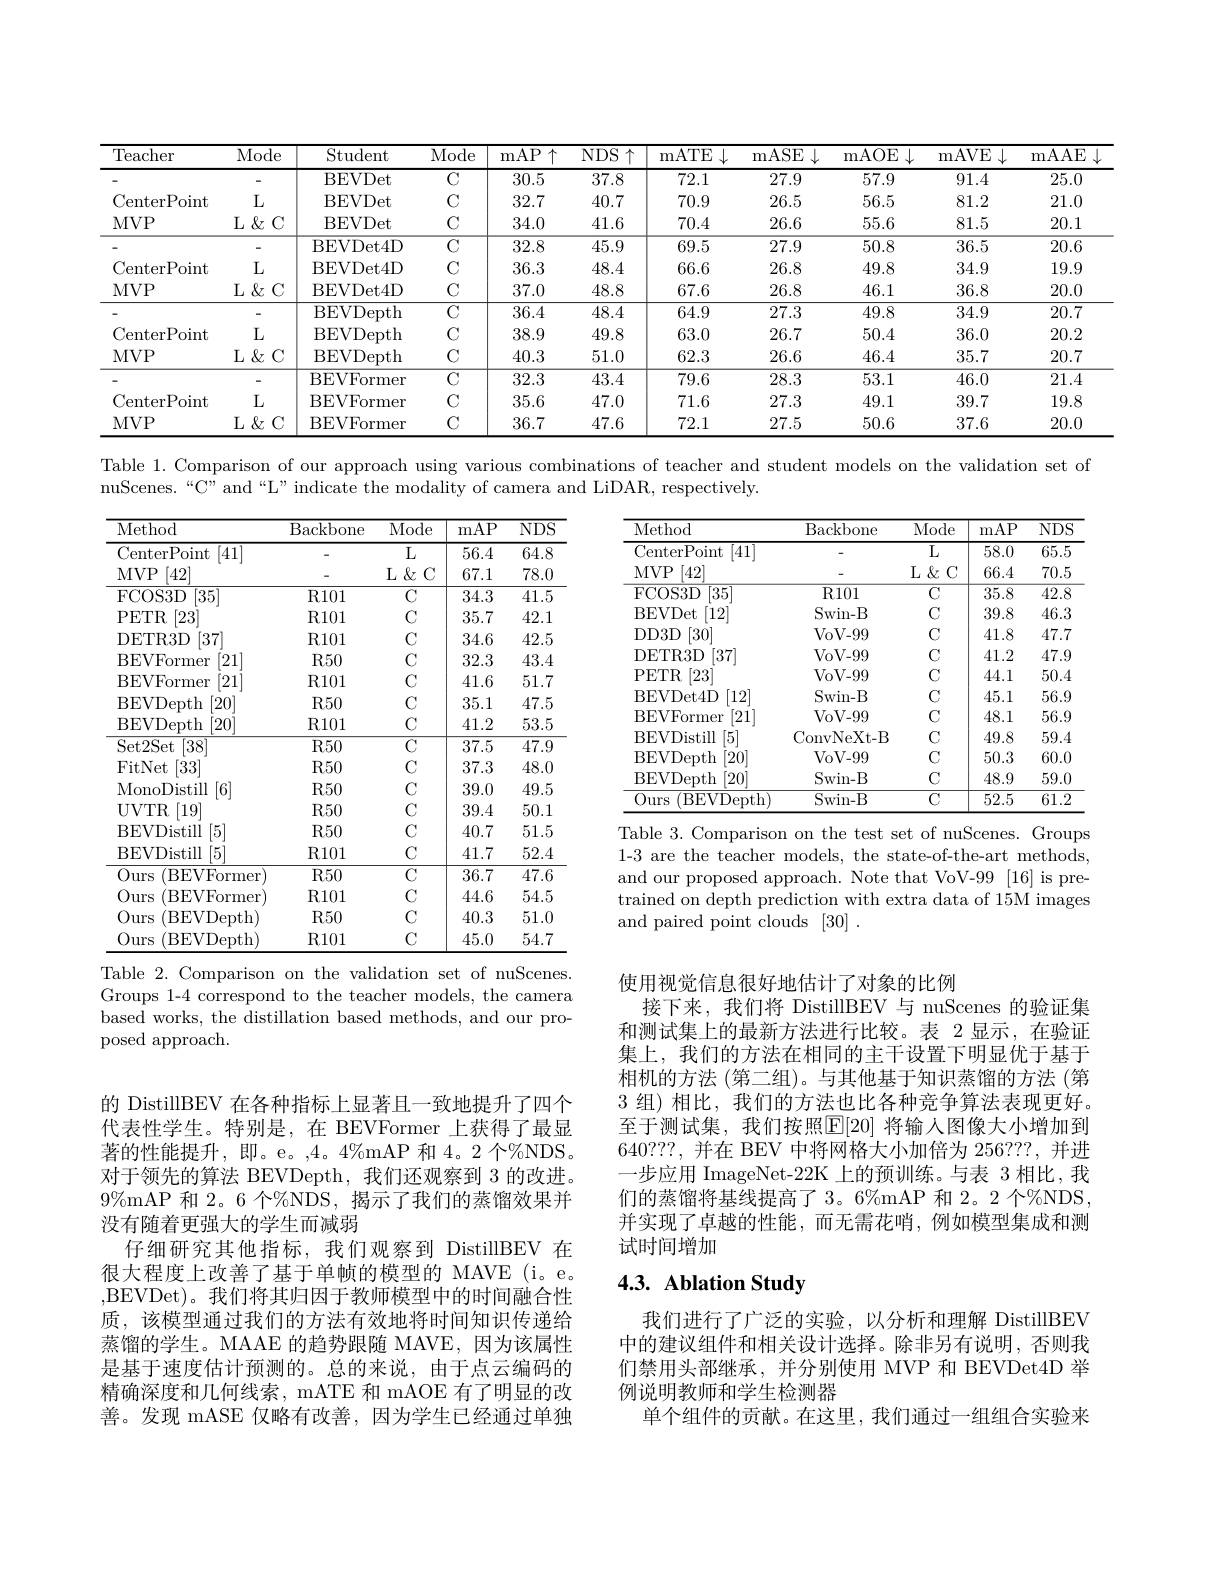
<table>
	<tbody>
		<tr>
			<th>Teacher</th>
			<th>Mode</th>
			<th>Student</th>
			<th>Mode</th>
			<th>mAP$\uparrow$</th>
			<th>$NDS\uparrow$</th>
			<th>mATE $\downarrow$ </th>
			<th>mASE </th>
			<th>mAOE $\downarrow$</th>
			<th>mAVE $5\downarrow$</th>
			<th>mAAE </th>
		</tr>
		<tr>
			<td> </td>
			<td> </td>
			<td>BEVDet</td>
			<td>$C$</td>
			<td>30.5</td>
			<td>37.8</td>
			<td>72.1</td>
			<td>27.9</td>
			<td>57.9</td>
			<td>91.4</td>
			<td>25.0</td>
		</tr>
		<tr>
			<td>CenterPoint</td>
			<td>$L$</td>
			<td>BEVDet</td>
			<td>$C$</td>
			<td>32.7</td>
			<td>40.7</td>
			<td>70.9</td>
			<td>26.5</td>
			<td>56.5</td>
			<td>81.2</td>
			<td>21.0</td>
		</tr>
		<tr>
			<td>$MVP$</td>
			<td>$L\&C$</td>
			<td>BEVDet</td>
			<td>$C$</td>
			<td>34.0</td>
			<td>41.6</td>
			<td>70.4</td>
			<td>26.6</td>
			<td>55.6</td>
			<td>81.5</td>
			<td>20.1</td>
		</tr>
		<tr>
			<td> </td>
			<td> </td>
			<td>BEVDet4D</td>
			<td>$C$</td>
			<td>32.8</td>
			<td>45.9</td>
			<td>69.5</td>
			<td>27.9</td>
			<td>50.8</td>
			<td>36.5</td>
			<td>20.6</td>
		</tr>
		<tr>
			<td>CenterPoint</td>
			<td>$L$</td>
			<td>BEVDet4D</td>
			<td>$C$</td>
			<td>36.3</td>
			<td>48.4</td>
			<td>66.6</td>
			<td>26.8</td>
			<td>49.8</td>
			<td>34.9</td>
			<td>19.9</td>
		</tr>
		<tr>
			<td>$MVP$</td>
			<td>$L\&C$</td>
			<td>BEVDet4D</td>
			<td>$C$</td>
			<td>37.0</td>
			<td>48.8</td>
			<td>67.6</td>
			<td>26.8</td>
			<td>46.1</td>
			<td>36.8</td>
			<td>20.0</td>
		</tr>
		<tr>
			<td> </td>
			<td> </td>
			<td>BEVDepth</td>
			<td>$C$</td>
			<td>36.4</td>
			<td>48.4</td>
			<td>64.9</td>
			<td>27.3</td>
			<td>49.8</td>
			<td>34.9</td>
			<td>20.7</td>
		</tr>
		<tr>
			<td>CenterPoint</td>
			<td>$L$</td>
			<td>BEVDepth</td>
			<td>$C$</td>
			<td>38.9</td>
			<td>49.8</td>
			<td>63.0</td>
			<td>26.7</td>
			<td>50.4</td>
			<td>36.0</td>
			<td>20.2</td>
		</tr>
		<tr>
			<td>$MVP$</td>
			<td>$L\&C$</td>
			<td>BEVDepth</td>
			<td>$C$</td>
			<td>40.3</td>
			<td>51.0</td>
			<td>62.3</td>
			<td>26.6</td>
			<td>46.4</td>
			<td>35.7</td>
			<td>20.7</td>
		</tr>
		<tr>
			<td> </td>
			<td> </td>
			<td>BEVFormer</td>
			<td>$C$</td>
			<td>32.3</td>
			<td>43.4</td>
			<td>79.6</td>
			<td>28.3</td>
			<td>53.1</td>
			<td>46.0</td>
			<td>21.4</td>
		</tr>
		<tr>
			<td>CenterPoint</td>
			<td>$L$</td>
			<td>$\operatorname{BEVFormer}$</td>
			<td>$C$</td>
			<td>35.6</td>
			<td>47.0</td>
			<td>71.6</td>
			<td>27.3</td>
			<td>49.1</td>
			<td>39.7</td>
			<td>19.8</td>
		</tr>
		<tr>
			<td>$MVP$</td>
			<td>$L\&C$</td>
			<td>BEVFormer</td>
			<td>$C$</td>
			<td>36.7</td>
			<td>47.6</td>
			<td>72.1</td>
			<td>27.5</td>
			<td>50.6</td>
			<td>37.6</td>
			<td>20.0</td>
		</tr>
	</tbody>
</table>

Table 1. Comparison of our approach using various combinations of teacher and student models on the validation set of

nuScenes.“C” and“L” indicate the modality of camera and LiDAR, respectively.

<table>
	<tbody>
		<tr>
			<th>Method</th>
			<th>Backbone</th>
			<th>Mode</th>
			<th>mAP</th>
			<th>$\overline{\mathrm{NDS}}$</th>
		</tr>
		<tr>
			<td>CenterPoint [41]</td>
			<td> </td>
			<td>$\overline{{\mathrm{L}}}$</td>
			<td>58.0</td>
			<td>$\overline{65.5}$</td>
		</tr>
		<tr>
			<td>$MVP$ [42]</td>
			<td> </td>
			<td>L $\&$ $\because C$</td>
			<td>66.4</td>
			<td>70.5</td>
		</tr>
		<tr>
			<td>FCOS3D [35]</td>
			<td>$R101$</td>
			<td>$\overline{\mathrm{C}}$</td>
			<td>35.8</td>
			<td>$\overline{42.8}$</td>
		</tr>
		<tr>
			<td>BEVDet [12]</td>
			<td>Swin- B</td>
			<td>$C$</td>
			<td>39.8</td>
			<td>46.3</td>
		</tr>
		<tr>
			<td>DD3D [30]</td>
			<td>VoV- 99</td>
			<td>$C$</td>
			<td>41.8</td>
			<td>47.7</td>
		</tr>
		<tr>
			<td>DETR3D [37]</td>
			<td>$V_{0}V_{-}99$</td>
			<td>$C$</td>
			<td>41.2</td>
			<td>47.9</td>
		</tr>
		<tr>
			<td>[23] PETR</td>
			<td>$V_{0}V_{-}99$</td>
			<td>$C$</td>
			<td>44.1</td>
			<td>50.4</td>
		</tr>
		<tr>
			<td>BEVDet4D [12]</td>
			<td>Swin- B</td>
			<td>$C$</td>
			<td>45.1</td>
			<td>56.9</td>
		</tr>
		<tr>
			<td>BEVFormer [21]</td>
			<td>VoV- 99</td>
			<td>$C$</td>
			<td>48.1</td>
			<td>56.9</td>
		</tr>
		<tr>
			<td>BEVDistill [5]</td>
			<td>ConvNeXt-B</td>
			<td>$C$</td>
			<td>49.8</td>
			<td>59.4</td>
		</tr>
		<tr>
			<td>BEVDepth $\left[20\right]$</td>
			<td>$V_{0}V_{-99}$</td>
			<td>$C$</td>
			<td>50.3</td>
			<td>60.0</td>
		</tr>
		<tr>
			<td>BEVDepth $\left[20\right]$</td>
			<td>Swin- B</td>
			<td>$C$</td>
			<td>48.9</td>
			<td>59.0</td>
		</tr>
		<tr>
			<td>Ours (BEVDepth)</td>
			<td>Swin-B</td>
			<td>$C$</td>
			<td>52.5</td>
			<td>61.2</td>
		</tr>
	</tbody>
</table>
Table 3. Comparison on the test set of nuScenes. Groups

<table>
	<tbody>
		<tr>
			<th>Method</th>
			<th>Backbone</th>
			<th>Mode</th>
			<th>mAP</th>
			<th>$\overline{\mathrm{NDS}}$</th>
		</tr>
		<tr>
			<td>CenterPoint [41]</td>
			<td> </td>
			<td></td>
			<td>56.4</td>
			<td>64.8</td>
		</tr>
		<tr>
			<td>MVP [42]</td>
			<td> </td>
			<td>$L$ $\&$ $:\mathbb{C}$</td>
			<td>67.1</td>
			<td>78.0</td>
		</tr>
		<tr>
			<td>FCOS3D [35]</td>
			<td>$R101$</td>
			<td>$C$</td>
			<td>34.3</td>
			<td>41.5</td>
		</tr>
		<tr>
			<td>PETR [23]</td>
			<td>$R101$</td>
			<td>$C$</td>
			<td>35.7</td>
			<td>42.1</td>
		</tr>
		<tr>
			<td>DETR3D [37]</td>
			<td>$R101$</td>
			<td>$C$</td>
			<td>34.6</td>
			<td>42.5</td>
		</tr>
		<tr>
			<td>BEVFormer [21]</td>
			<td>$R50$</td>
			<td>$C$</td>
			<td>32.3</td>
			<td>43.4</td>
		</tr>
		<tr>
			<td>BEVFormer $[21^{'}$</td>
			<td>$R101$</td>
			<td>$C$</td>
			<td>41.6</td>
			<td>51.7</td>
		</tr>
		<tr>
			<td>BEVDepth [20]</td>
			<td>$R50$</td>
			<td>$C$</td>
			<td>35.1</td>
			<td>47.5</td>
		</tr>
		<tr>
			<td>BEVDepth [20]</td>
			<td>$R101$</td>
			<td>$C$</td>
			<td>41.2</td>
			<td>53.5</td>
		</tr>
		<tr>
			<td>[38] Set2Set</td>
			<td>$R50$</td>
			<td>$\overline{C}$</td>
			<td>37.5</td>
			<td>47.9</td>
		</tr>
		<tr>
			<td>[33] FitNet</td>
			<td>$R50$</td>
			<td>$C$</td>
			<td>37.3</td>
			<td>48.0</td>
		</tr>
		<tr>
			<td>MonoDistill 6</td>
			<td>$R50$</td>
			<td>$C$</td>
			<td>39.0</td>
			<td>49.5</td>
		</tr>
		<tr>
			<td>[19] UVTR</td>
			<td>$R50$</td>
			<td>$C$</td>
			<td>39.4</td>
			<td>50.1</td>
		</tr>
		<tr>
			<td>BEVDistill [5]</td>
			<td>$R50$</td>
			<td>$C$</td>
			<td>40.7</td>
			<td>51.5</td>
		</tr>
		<tr>
			<td>BEVDistill [5]</td>
			<td>$R101$</td>
			<td>$C$</td>
			<td>41.7</td>
			<td>52.4</td>
		</tr>
		<tr>
			<td>Ours (BEVFormer</td>
			<td>$R50$</td>
			<td>$C$</td>
			<td>36.7</td>
			<td>47.6</td>
		</tr>
		<tr>
			<td>Ours BEVFormer</td>
			<td>$R101$</td>
			<td>$C$</td>
			<td>44.6</td>
			<td>54.5</td>
		</tr>
		<tr>
			<td>Ours (BEVDepth)</td>
			<td>$R50$</td>
			<td>$C$</td>
			<td>40.3</td>
			<td>51.0</td>
		</tr>
		<tr>
			<td>Ours (BEVDepth)</td>
			<td>$R101$</td>
			<td>$C$</td>
			<td>45.0</td>
			<td>54.7</td>
		</tr>
	</tbody>
</table>
Table 2. Comparison on the validation set of nuScenes.

1-3 are the teacher models, the state-of-the-art methods, and our proposed approach. Note that VoV-99 [16] is pretrained on depth prediction with extra data of 15M images and paired point clouds [30].

Groups 1-4 correspond to the teacher models, the camera based works, the distillation based methods, and our proposed approach.

使用视觉信息很好地估计了对象的比例
接下来，我们将 DistillBEV 与 nuScenes 的验证集和测试集上的最新方法进行比较。表 2 显示，在验证集上，我们的方法在相同的主干设置下明显优于基于相机的方法 (第二组)。与其他基于知识蒸馏的方法 (第3组)相比，我们的方法也比各种竞争算法表现更好。至于测试集，我们按照$\boxed{\mathrm{E}}[20]$ 将输人图像大小增加到640???,并在 BEV 中将网格大小加倍为 256???, 并进一步应用 ImageNet-22K 上的预训练。与表 3 相比，我们的蒸馏将基线提高了 3。6%mAP 和 2。2 个%NDS, 并实现了卓越的性能，而无需花哨，例如模型集成和测试时间增加

的 DistillBEV 在各种指标上显著且一致地提升了四个代表性学生。特别是，在 BEVFormer 上获得了最显著的性能提升，即。e。,4。4%mAP 和 4。2 个%NDS。对于领先的算法 BEVDepth,我们还观察到 3 的改进。$9\%$mAP 和 2。6 个%NDS, 揭示了我们的蒸馏效果并没有随着更强大的学生而减弱
仔细研究其他指标，我们观察到 DistillBEV 在很大程度上改善了基于单帧的模型的 MAVE (i。e。,BEVDet)。我们将其归因于教师模型中的时间融合性质，该模型通过我们的方法有效地将时间知识传递给蒸馏的学生。MAAE 的趋势跟随 MAVE,因为该属性是基于速度估计预测的。总的来说，由于点云编码的精确深度和几何线索，mATE 和 mAOE 有了明显的改善。发现 mASE 仅略有改善，因为学生已经通过单独

# 4.3. Ablation Study

我们进行了广泛的实验，以分析和理解 DistillBEV 中的建议组件和相关设计选择。除非另有说明，否则我们禁用头部继承，并分别使用 MVP 和 BEVDet4D 举例说明教师和学生检测器
单个组件的贡献。在这里，我们通过一组组合实验来